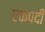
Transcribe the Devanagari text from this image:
एकपदीं